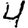
Digit: 4